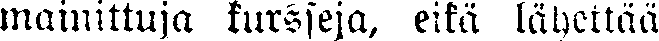
mainittuja kursseja, eikä lähettää